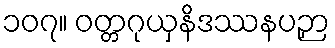
၁၀၇။ ဝတ္တဂုယှနိဒဿနပဉှာ